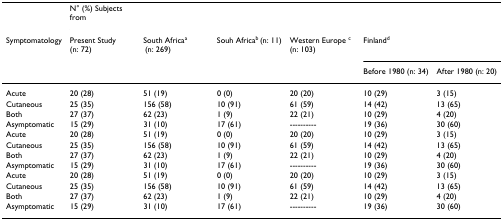
|  | N° (%) Subjects from |  |  |  |  |  |
 | Symptomatology | Present Study (n: 72) | South Africaa (n: 269) | Souh Africab (n: 11) | Western Europe c (n: 103) | <COLSPAN=2> Finlandd |
 |  |  |  |  |  | Before 1980 (n: 34) | After 1980 (n: 20) |
 | --- | --- | --- | --- | --- | --- | --- |
 | Acute | 20 (28) | 51 (19) | 0 (0) | 20 (20) | 10 (29) | 3 (15) |
 | Cutaneous | 25 (35) | 156 (58) | 10 (91) | 61 (59) | 14 (42) | 13 (65) |
 | Both | 27 (37) | 62 (23) | 1 (9) | 22 (21) | 10 (29) | 4 (20) |
 | Asymptomatic | 15 (29) | 31 (10) | 17 (61) | ---------- | 19 (36) | 30 (60) |
 | Acute | 20 (28) | 51 (19) | 0 (0) | 20 (20) | 10 (29) | 3 (15) |
 | Cutaneous | 25 (35) | 156 (58) | 10 (91) | 61 (59) | 14 (42) | 13 (65) |
 | Both | 27 (37) | 62 (23) | 1 (9) | 22 (21) | 10 (29) | 4 (20) |
 | Asymptomatic | 15 (29) | 31 (10) | 17 (61) | ---------- | 19 (36) | 30 (60) |
 | Acute | 20 (28) | 51 (19) | 0 (0) | 20 (20) | 10 (29) | 3 (15) |
 | Cutaneous | 25 (35) | 156 (58) | 10 (91) | 61 (59) | 14 (42) | 13 (65) |
 | Both | 27 (37) | 62 (23) | 1 (9) | 22 (21) | 10 (29) | 4 (20) |
 | Asymptomatic | 15 (29) | 31 (10) | 17 (61) | ---------- | 19 (36) | 30 (60) |